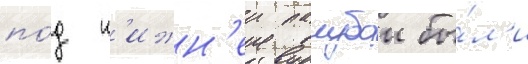
по́д н'ижн'еи палубои бы́л'и